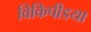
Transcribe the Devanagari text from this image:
विकिपीडया